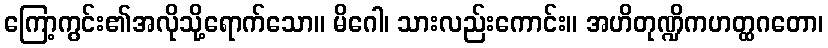
ကြော့ကွင်း၏အလိုသို့ရောက်သော။ မိဂေါ၊ သားလည်းကောင်း။ အဟိတုဏ္ဍိကဟတ္ထဂတော၊